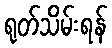
ရုတ်သိမ်းရန်